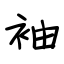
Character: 袖